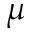
\mu